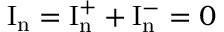
\mathrm { I _ { n } } = \mathrm { I _ { n } ^ { + } } + \mathrm { I _ { n } ^ { - } } = 0